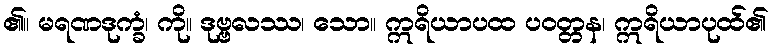
၏။ မရဏဒုက္ခံ၊ ကို။ ဒုဗ္ဗလဿ၊ သော။ ဣရိယာပထ ပဝတ္တန၊ ဣရိယာပုထ်၏